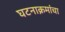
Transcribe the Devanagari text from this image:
घटनाक्रमांचा